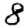
Digit: 8